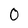
Character: 0